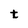
Character: t